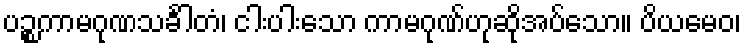
ပဉ္စကာမဂုဏသင်္ခါတံ၊ ငါးပါးသော ကာမဂုဏ်ဟုဆိုအပ်သော။ ပိယမေဝ၊